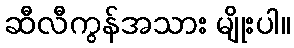
ဆီလီကွန်အသား မျိုးပါ။